Vaccination report Assam 1874-1896 - 1874-1896
Year: 1874
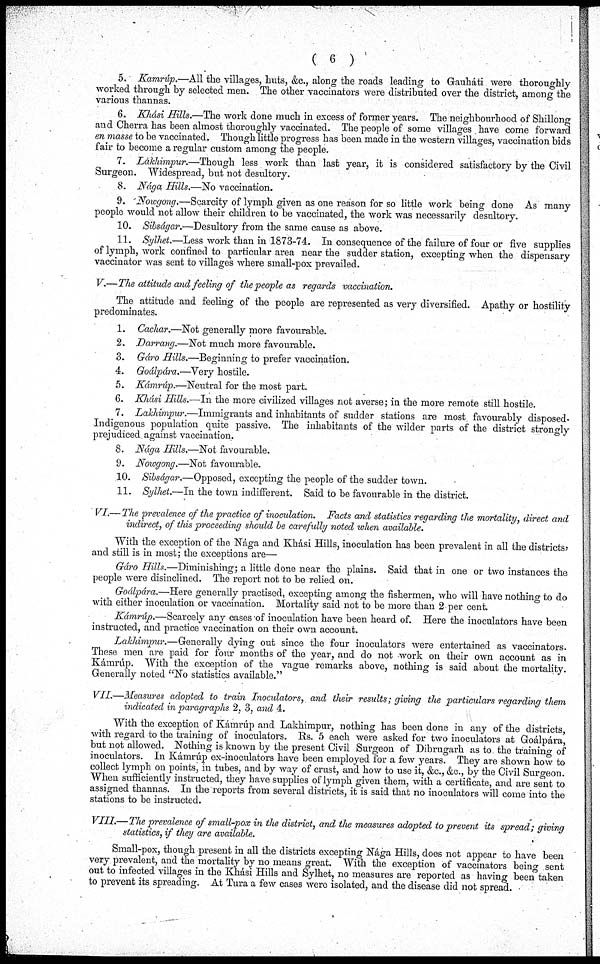
( 6 )
5. Kamrúp.—All the villages, huts, &c., along the roads leading to Gauháti were thoroughly
worked through by selected men. The other vaccinators were distributed over the district, among the
various thannas.
6. Khási Hills.—The work done much in excess of former years. The neighbourhood of Shillong
and Cherra has been almost thoroughly vaccinated. The people of some villages have come forward
en masse to be vaccinated. Though little progress has been made in the western villages, vaccination bids
fair to become a regular custom among the people.
7. Lákhimpur.—Though less work than last year, it is considered satisfactory by the Civil
Surgeon. Widespread, but not desultory.
8. Nága Hills.—No vaccination.
9. Nowgong.—Scarcity of lymph given as one reason for so little work being done As many
people would not allow their children to be vaccinated, the work was necessarily desultory.
10. Sibságar.—Desultory from the same cause as above.
11. Sylhet.—Less work than in 1873-74. In consequence of the failure of four or five supplies
of lymph, work confined to particular area near the sudder station, excepting when the dispensary
vaccinator was sent to villages where small-pox prevailed.
V.—The attitude and feeling of the people as regards vaccination.
The attitude and feeling of the people are represented as very diversified. Apathy or hostility
predominates.
1. Cachar.—Not generally more favourable.
2. Darrang.—Not much more favourable.
3. Gáro Hills.—Beginning to prefer vaccination.
4. Goálpára.—Very hostile.
5. Kámrúp.—Neutral for the most part.
6. Khási Hills.—In the more civilized villages not averse; in the more remote still hostile.
7. Lakhimpur.—Immigrants and inhabitants of sudder stations are most favourably disposed.
Indigenous population quite passive. The inhabitants of the wilder parts of the district strongly
prejudiced against vaccination.
8. Nága Hills.—Not favourable.
9. Nowgong.—Not favourable.
10. Sibságar.—Opposed, excepting the people of the sudder town.
11. Sylhet.—In the town indifferent. Said to be favourable in the district.
VI.—The prevalence of the practice of inoculation. Facts and statistics regarding the mortality, direct and
indirect, of this proceeding should be carefully noted when available.
With the exception of the Nága and Khási Hills, inoculation has been prevalent in all the districts,
and still is in most; the exceptions are—
Gáro Hills.—Diminishing; a little done near the plains. Said that in one or two instances the
people were disinclined. The report not to be relied on.
Godlpára.—Here generally practised, excepting among the fishermen, who will have nothing to do
with either inoculation or vaccination. Mortality said not to be more than 2 per cent.
Kámrúp.—Scarcely any cases of inoculation have been heard of. Here the inoculators have been
instructed, and practice vaccination on their own account.
Lakhimpur.—Generally dying out since the four inoculators were entertained as vaccinators.
These men are paid for four months of the year, and do not work on their own account as in
Kámrúp. With the exception of the vague remarks above, nothing is said about the mortality.
Generally noted "No statistics available."
VII.—Measures adopted to train Inoculators, and their results; giving the particulars regarding them
indicated in paragraphs 2, 3, and 4.
With the exception of Kámrúp and Lakhimpur, nothing has been done in any of the districts,
with regard to the training of inoculators. Rs. 5 each were asked for two inoculators at Goálpára,
but not allowed. Nothing is known by the present Civil Surgeon of Dibrugarh as to the training of
inoculators. In Kámrúp ex-inoculators have been employed for a few years. They are shown how to
collect lymph on points, in tubes, and by way of crust, and how to use it, &c., &c., by the Civil Surgeon.
When sufficiently instructed, they have supplies of lymph given them, with a certificate, and are sent to
assigned thannas. In the reports from several districts, it is said that no inoculators will come into the
stations to be instructed.
VIII.—The prevalence of small-pox in the district, and the measures adopted to prevent its spread; giving
statistics, if they are available.
Small-pox, though present in all the districts excepting Nága Hills, does not appear to have been
very prevalent, and the mortality by no means great. With the exception of vaccinators being sent
out to infected villages in the Khási Hills and Sylhet, no measures are reported as having been taken
to prevent its spreading. At Tura a few cases were isolated, and the disease did not spread.